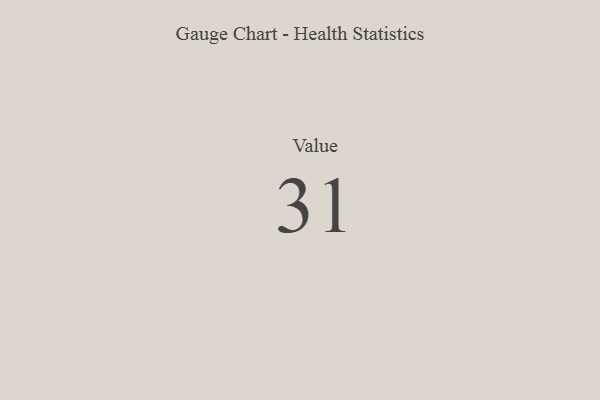
{"axis": {"x": "Metric", "y": "Value"}, "legend": [""], "data": [{"x": "Value", "y": 31, "type": ""}]}